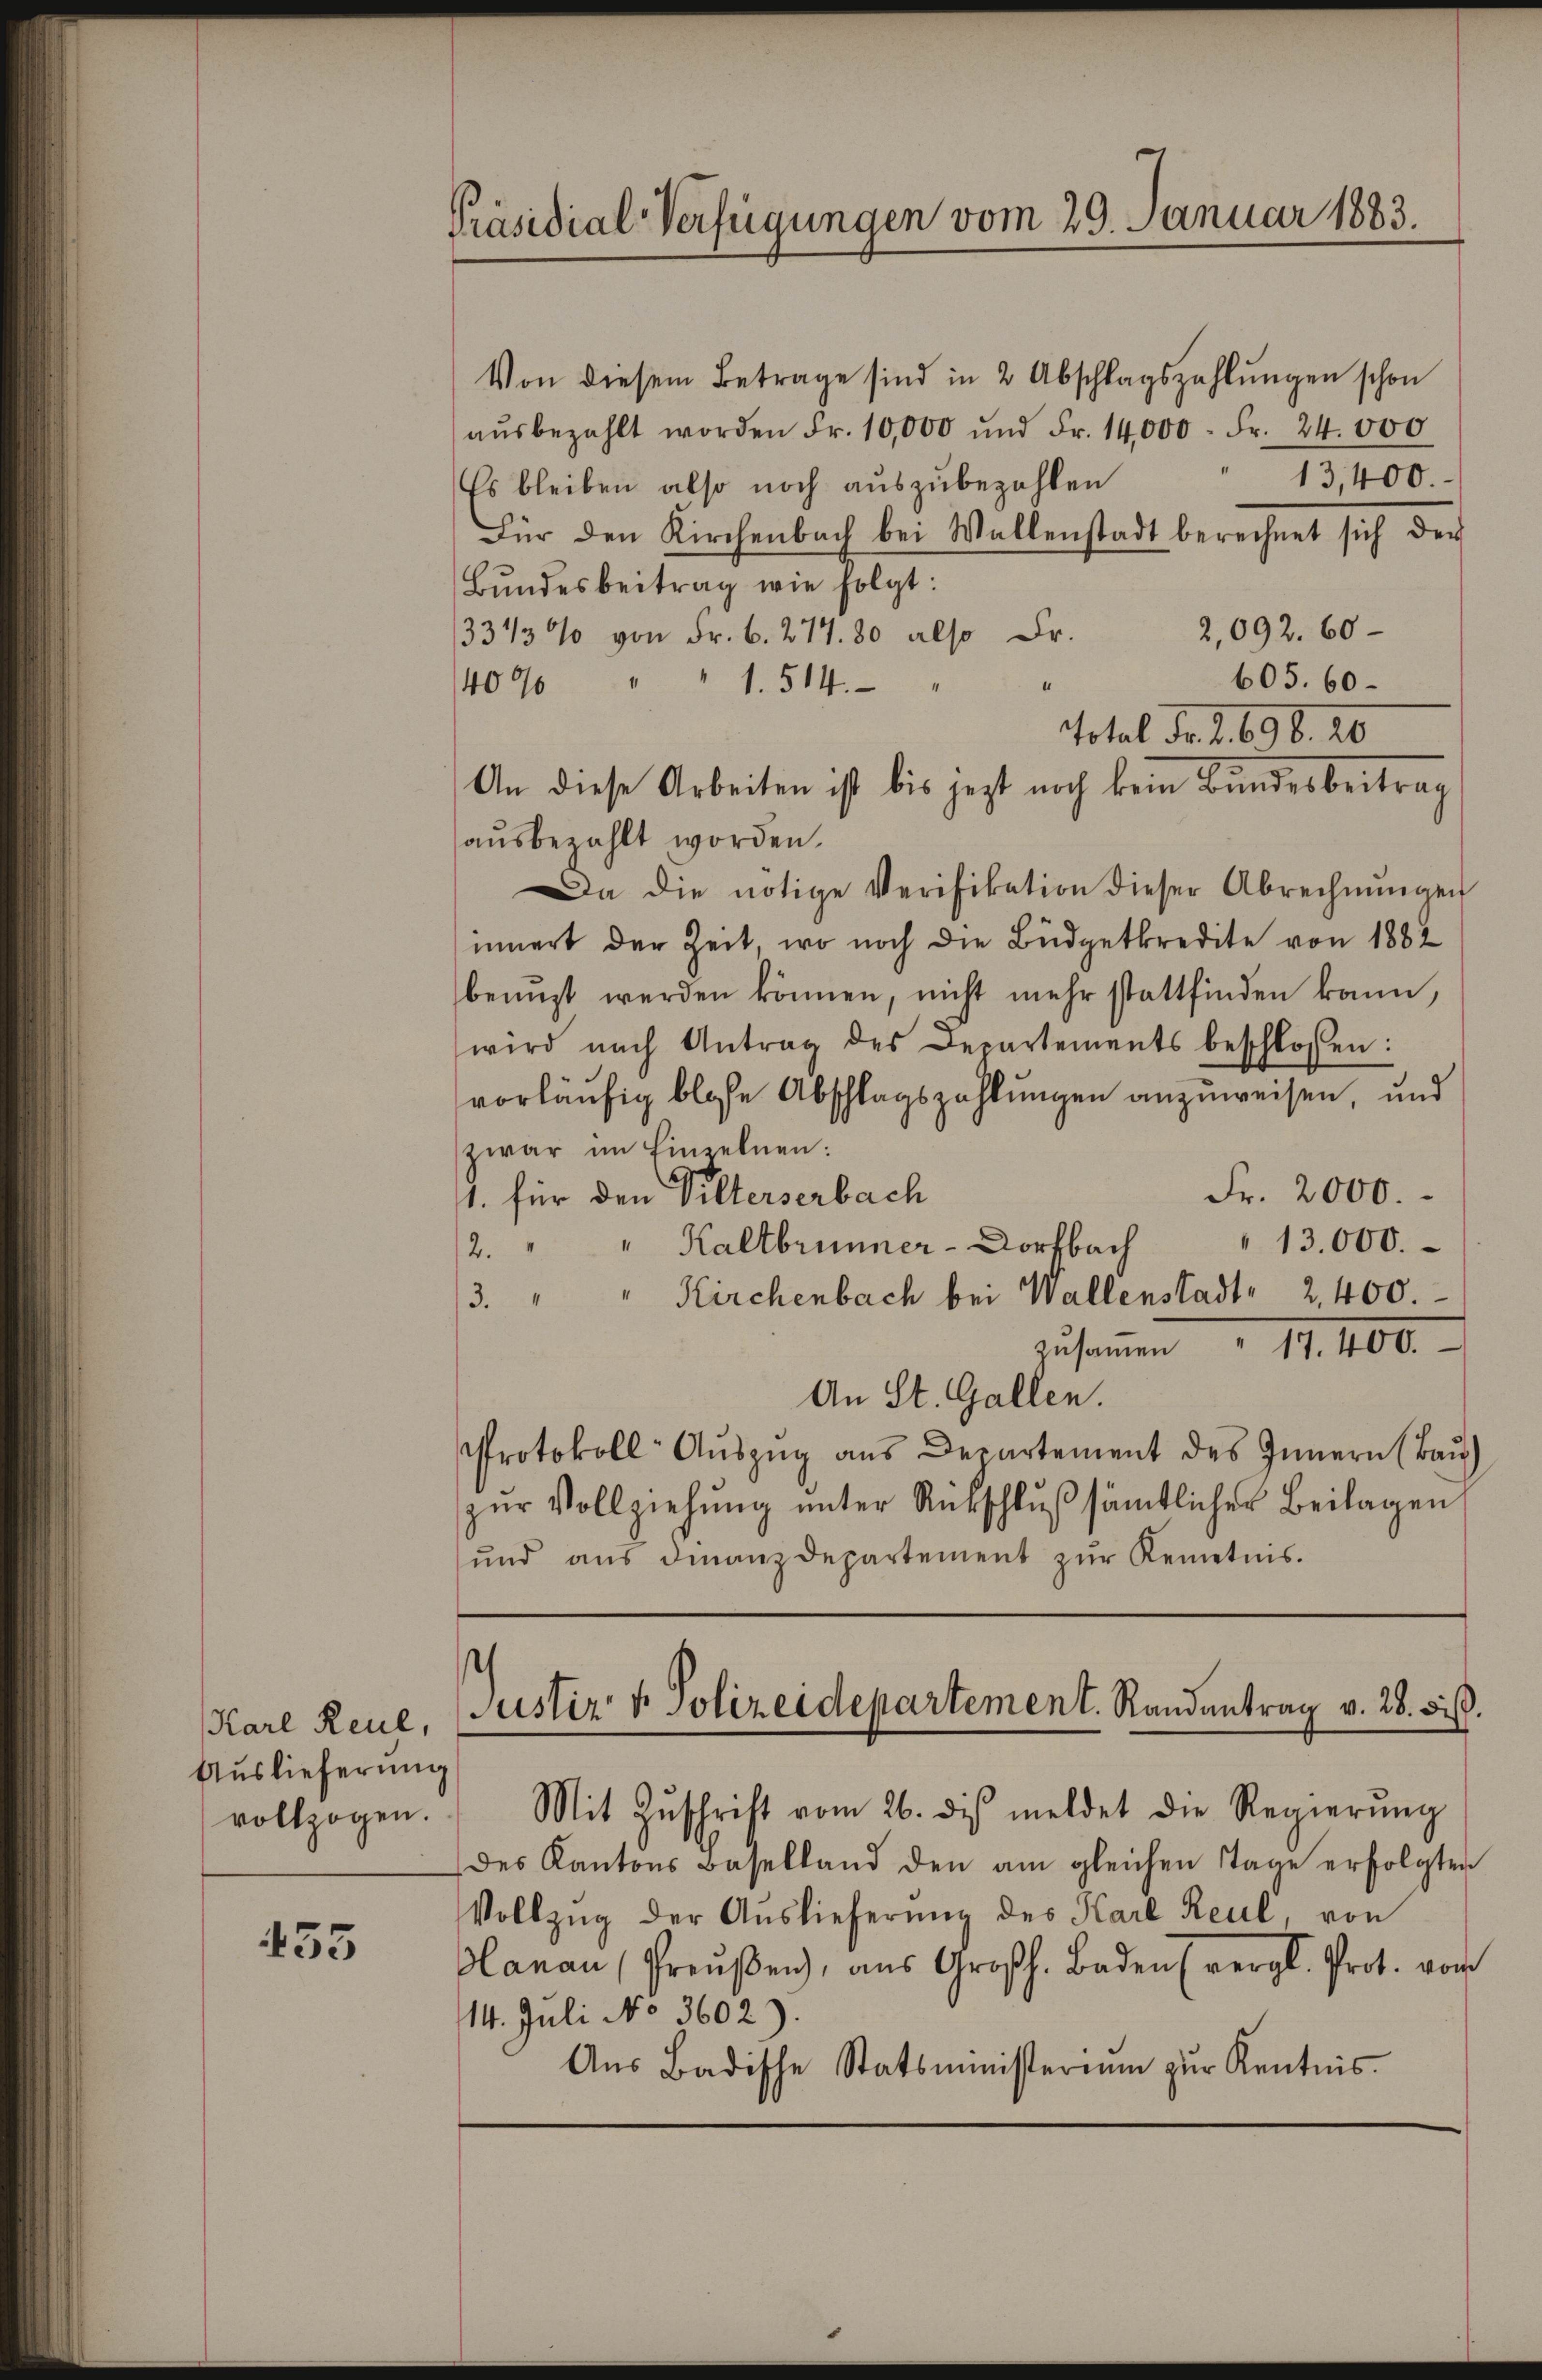
Karl Reul,
Auslieferung
vollzogen.

455

Präsidial-Verfügungen vom 29. Januar 1883.

Von diesem Betrage sind in 2 Abschlagszahlungen schon
aŭsbezahlt worden Fr. 10,000 und Fr. 14,000 Fr. 24. 000
13,400
Es bleiben also noch auszubezahlen
Für den Kirchenbach bei Wallenstadt berechnet sich der
Bŭndesbeitrag wie folgt:
2,092. 60
3313% von Fr. 6. 277. 80 also Dr.
605. 60
4096 " " 1. 514.
“
Total Fr. 2. 698. 20
An diese Arbeiten ist bis jezt noch kein Bundesbeitrag
aŭsbezahlt worden.
Da die nötige Verifikation dieser Abrechnŭngen
innert der Zeit, wo noch die Büdgetkredite von 1882
benuzt werden können, nicht mehr stattfinden kann
wird nach Antrag des Departements beschlossen:
vorläufig blose Abschlagszahlungen anzuweisen, und
zwar im Einzelnen:
Fr. 2000.
1. für den Vilterserbach
2. " " Kaltbrunner-Dorfbach " 13,000.
/3. " " Kirchenbach bei Wallenstadt 2,400
zŭsaṁen " 17. 400.
An St. Gallen.
Protokoll Aŭszŭg ans Departement des Innern (Baŭ)
zŭr Vollziehŭng ŭnter Rückschlŭβ sämtlicher Beilagen
ŭnd aus dinanzdepartement zŭr Kenntnis.

des Kantons Baselland den am gleichen Tage erfolgten
Vollzŭg der Aŭslieferŭng des Karl Reul, von
Olanau (Preŭβen), aŭs Großh. Baden (vergl. Prot. von
14. Juli No 3602)
Aŭs Badische Statsministerium zur Kentnis.

Justiz- & Polizeidepartement. Randantrag v. 28. bis.
Mit Zŭschrift vom 26. dis meldet die Regierŭng